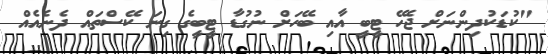
"ކުޑަކުދިންނަށް ޖެހޭ ޓީބީ އާއި ބޭހަށް ނުގުޑާ ޓީބީގެ ގިނަ ކޭސްތައް ދެނެއެއް